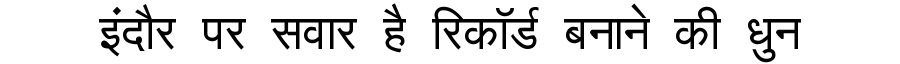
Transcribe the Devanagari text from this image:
इंदौर पर सवार है रिकॉर्ड बनाने की धुन